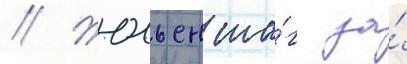
// Жюльен ша́г за́